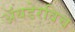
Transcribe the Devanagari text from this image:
अॅयडेरविच